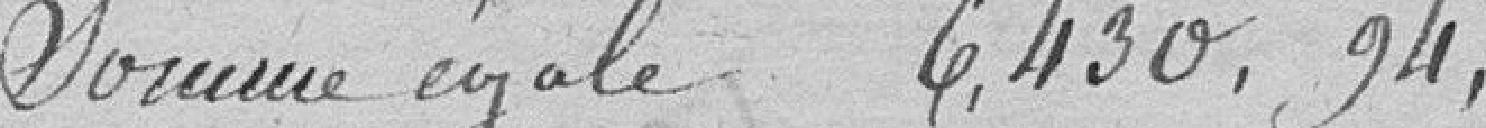
somme égale 6,430,94,